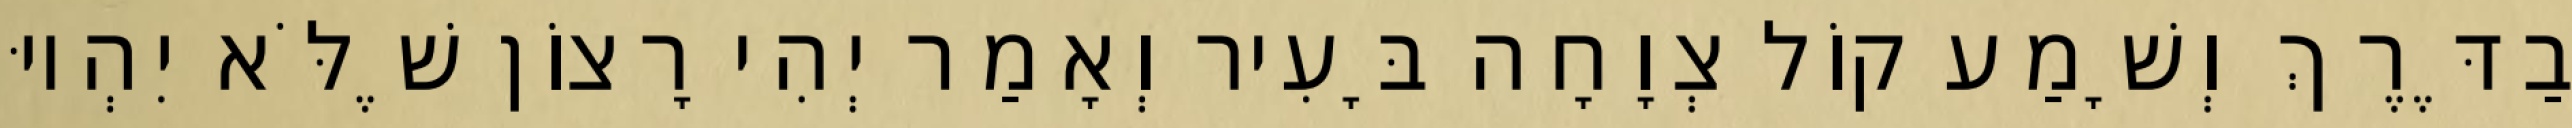
בַדֶּרֶךְ וְשָׁמַע קוֹל צְוָחָה בָּעִיר וְאָמַר יְהִי רָצוֹן שֶׁלֹּא יִהְיוּ